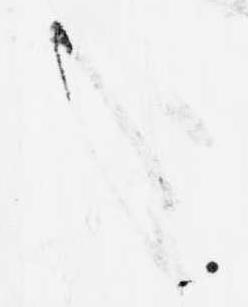
哉